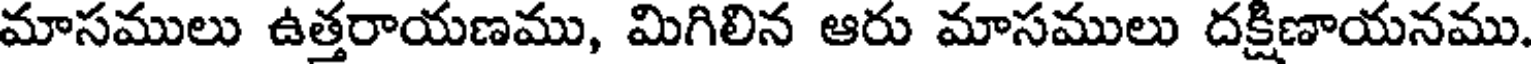
మాసములు ఉత్తరాయణము, మిగిలిన ఆరు మాసములు దక్షిణాయనము